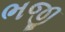
ભજી